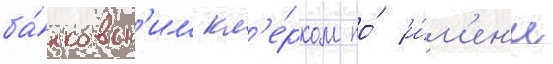
ба́нковск'им кл'е́рком по́ и́м'ен'и